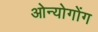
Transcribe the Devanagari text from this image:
ओन्योगोंग